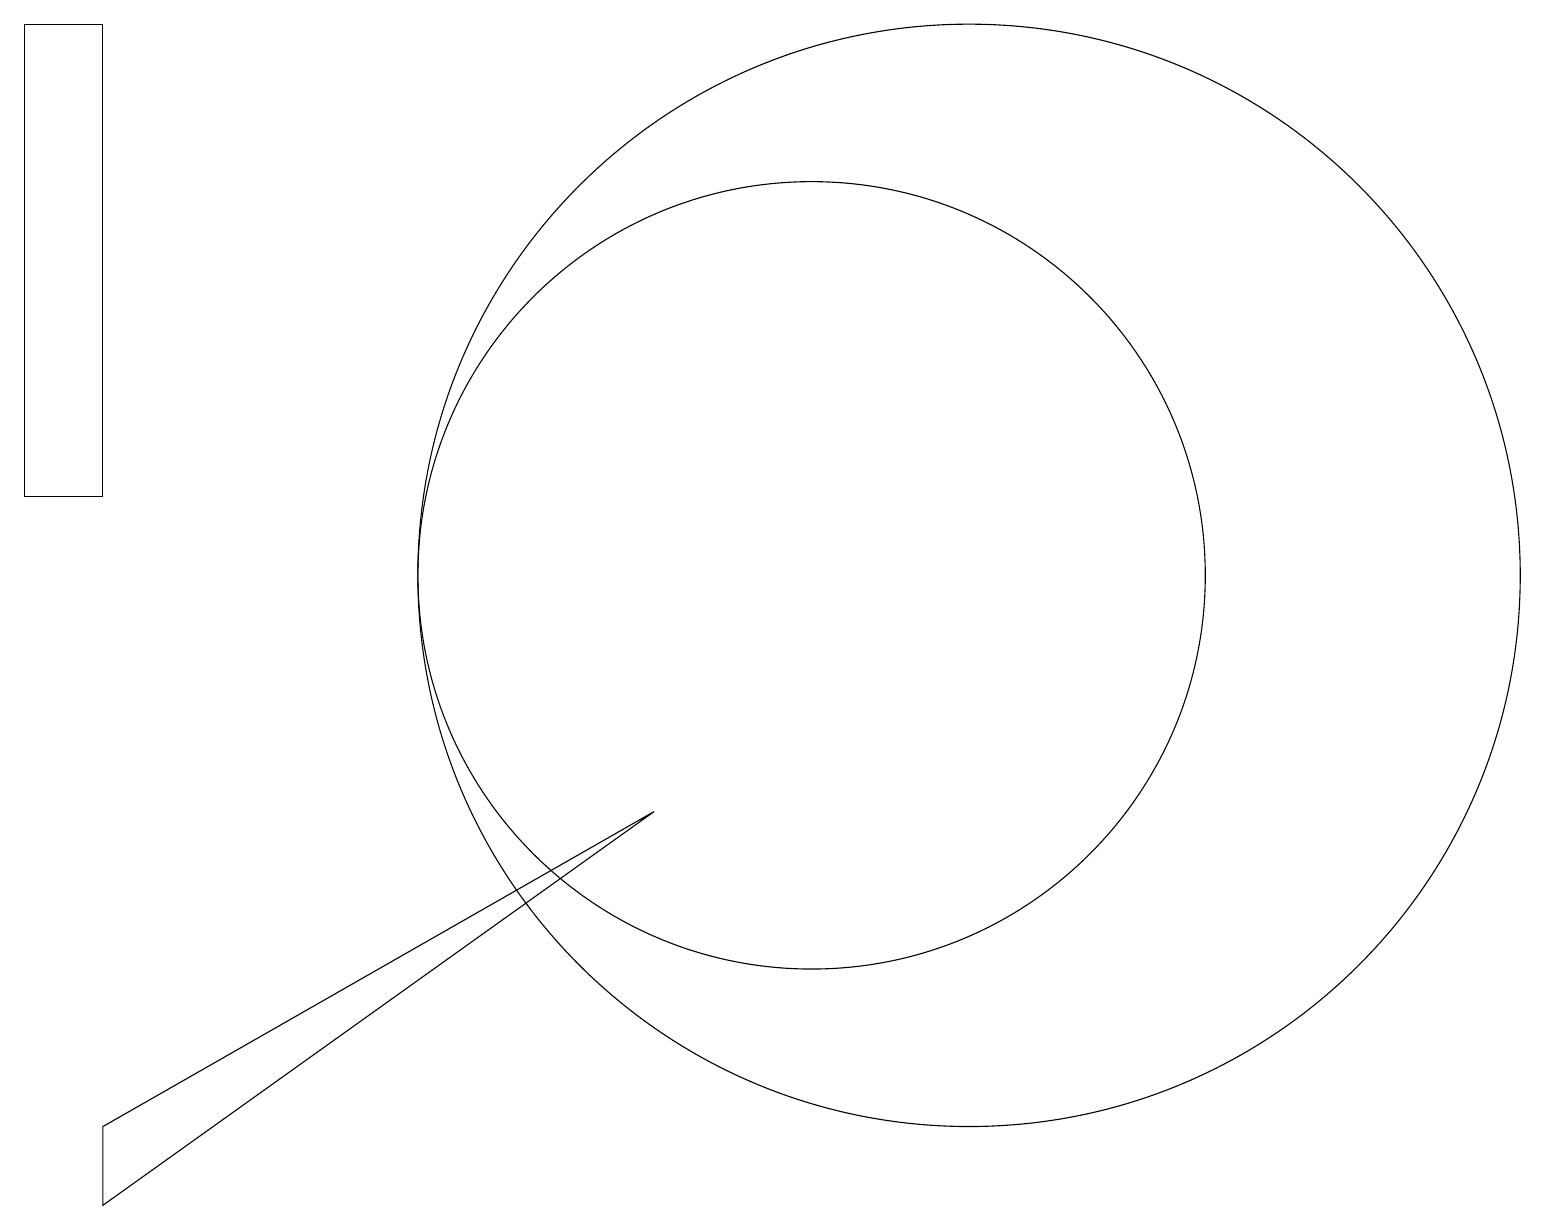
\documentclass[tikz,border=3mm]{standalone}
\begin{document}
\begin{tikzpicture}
\draw (10,10) circle (5);
\draw (12,10) circle (7);
\draw (1,3) -- (1,2) -- (8,7) -- cycle;
\draw (0,11) rectangle (1,17);
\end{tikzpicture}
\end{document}